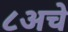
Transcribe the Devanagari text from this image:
८अचे